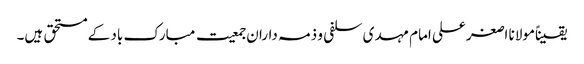
یقیناًمولانا اصغرعلی امام مہدی سلفی و ذمہ داران جمعیت مبارک باد کے مستحق ہیں۔